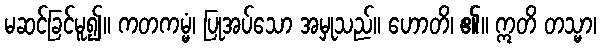
မဆင်ခြင်မူ၍။ ကတကမ္မံ၊ ပြုအပ်သော အမှုသည်။ ဟောတိ၊ ၏။ ဣတိ တသ္မာ၊